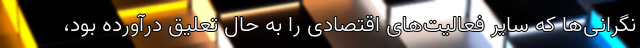
نگرانی‌ها که سایر فعالیت‌های اقتصادی را به حال تعلیق درآورده بود،